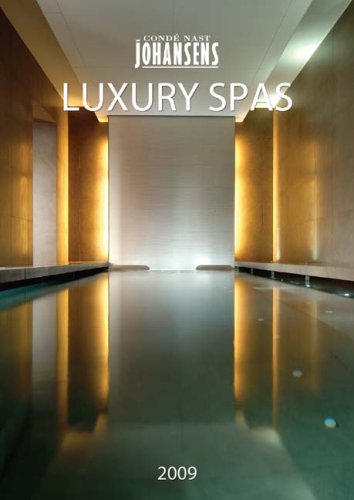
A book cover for CONDE' NAST JOHANSENS LUXURY SPAS 2009; Andrew Warren; Travel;